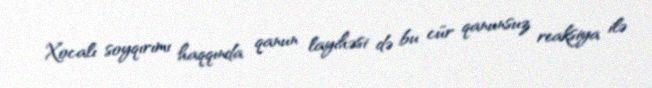
Xocalı soyqırımı haqqında qanun layihəsi də bu cür qanunsuz reaksiya ilə